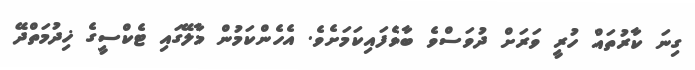
ގިނަ ކާރުތައް ހުރީ ވަރަށް ދުވަސްވެ ބާވެފައިކަމަށެވެ. އެހެންކަމުން މާލޭގައި ޓެކްސީގެ ޚިދުމަތްދޭ